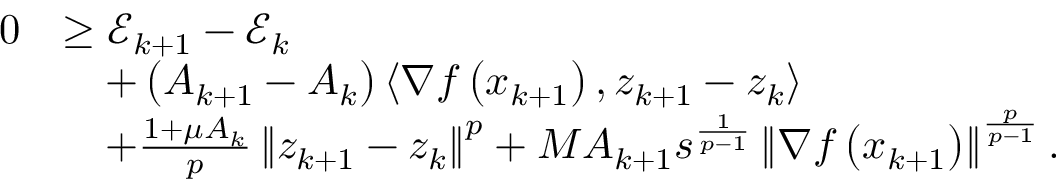
\begin{array} { r l } { 0 } & { \geq \mathcal { E } _ { k + 1 } - \mathcal { E } _ { k } } \\ & { \quad + \left( A _ { k + 1 } - A _ { k } \right) \left\langle \nabla f \left( x _ { k + 1 } \right) , z _ { k + 1 } - z _ { k } \right\rangle } \\ & { \quad + \frac { 1 + \mu A _ { k } } { p } \left\Vert z _ { k + 1 } - z _ { k } \right\Vert ^ { p } + M A _ { k + 1 } s ^ { \frac { 1 } { p - 1 } } \left\Vert \nabla f \left( x _ { k + 1 } \right) \right\Vert ^ { \frac { p } { p - 1 } } . } \end{array}